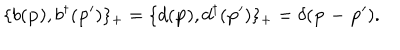
LaTeX: \{ b ( { \bf p } ) , b ^ { \dagger } ( { \bf p ^ { \prime } } ) \} _ { + } = \{ d ( { \bf p } ) , d ^ { \dagger } ( { \bf p ^ { \prime } } ) \} _ { + } = \delta ( { \bf p - \bf p ^ { \prime } } ) .